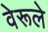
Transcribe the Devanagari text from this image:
वेरूले